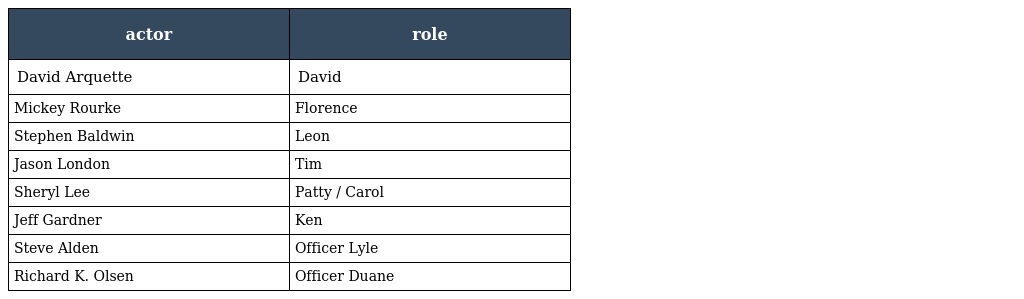
| actor | role |
 | --- | --- |
 | David Arquette | David |
 | Mickey Rourke | Florence |
 | Stephen Baldwin | Leon |
 | Jason London | Tim |
 | Sheryl Lee | Patty / Carol |
 | Jeff Gardner | Ken |
 | Steve Alden | Officer Lyle |
 | Richard K. Olsen | Officer Duane |